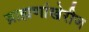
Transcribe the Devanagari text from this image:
ब्राह्मणांखेरीज